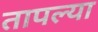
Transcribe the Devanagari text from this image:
तापल्या